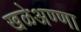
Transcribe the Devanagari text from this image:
खळेअण्णा